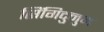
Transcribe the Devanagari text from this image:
सिंगिदुनुम